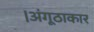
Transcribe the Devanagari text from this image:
।अंगूठाकार